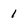
Character: 1